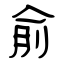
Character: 俞